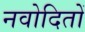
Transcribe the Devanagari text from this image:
नवोदितों